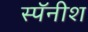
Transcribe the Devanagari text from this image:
स्पॅनीश